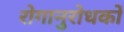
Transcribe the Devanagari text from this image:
रोगानुरोधकों